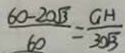
\frac { 6 0 - 2 0 \sqrt { 3 } } { 6 0 } = \frac { G H } { 3 0 \sqrt { 3 } }